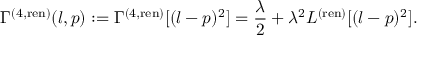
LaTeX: \Gamma ^ { ( 4 , \mathrm { r e n } ) } ( l , p ) : = \Gamma ^ { ( 4 , \mathrm { r e n } ) } [ ( l - p ) ^ { 2 } ] = \frac { \lambda } { 2 } + \lambda ^ { 2 } L ^ { ( \mathrm { r e n } ) } [ ( l - p ) ^ { 2 } ] .